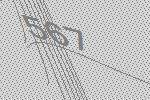
567